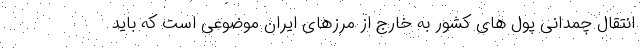
انتقال چمدانی پول های کشور به خارج از مرزهای ایران موضوعی است که باید